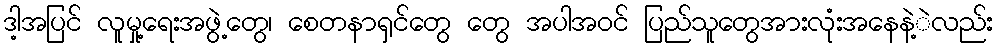
ဒါ့အပြင် လူမှု့ရေးအဖွဲ့တွေ၊ စေတနာရှင်တွေ တွေ အပါအဝင် ပြည်သူတွေအားလုံးအနေနဲ့ဲလည်း